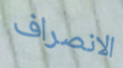
الانصراف